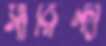
সারিন্দা